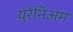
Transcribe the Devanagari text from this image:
युरेनिअम